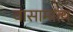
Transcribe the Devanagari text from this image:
वासामात्य